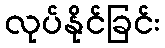
လုပ်နိုင်ခြင်း